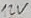
Text: 12V